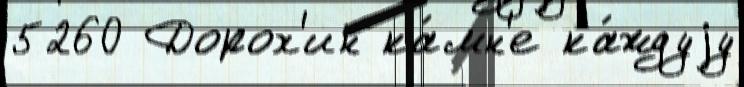
5260 Дорох'ин ка́мн'е ка́ждуjу